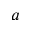
a